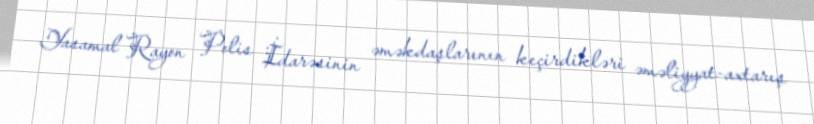
Yasamal Rayon Polis İdarəsinin əməkdaşlarının keçirdikləri əməliyyat-axtarış